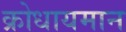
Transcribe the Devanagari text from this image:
क्रोधायमान